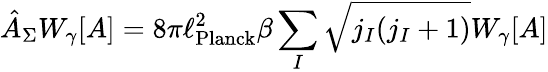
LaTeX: {\hat{A}}_{\Sigma}W_{\gamma}[A]=8\pi\ell_{\mathrm{Planck}}^{2}\beta\sum_{I}{\sqrt{j_{I}(j_{I}+1)}}W_{\gamma}[A]